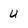
Character: u